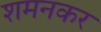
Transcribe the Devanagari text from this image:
शमनकर